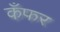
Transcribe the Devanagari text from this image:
कँफर